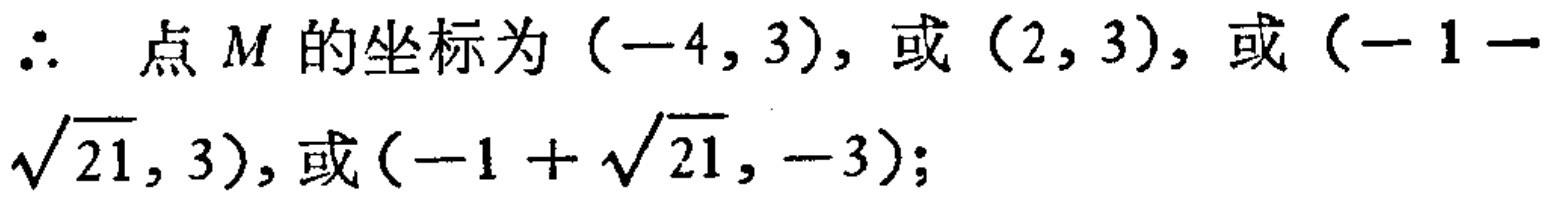
\(\therefore\) 点 \(M\) 的坐标为 \((-4,3)\)，或 \((2,3)\)，或 \((-1-\sqrt{21},3)\)，或 \((-1 + \sqrt{21},-3)\)；